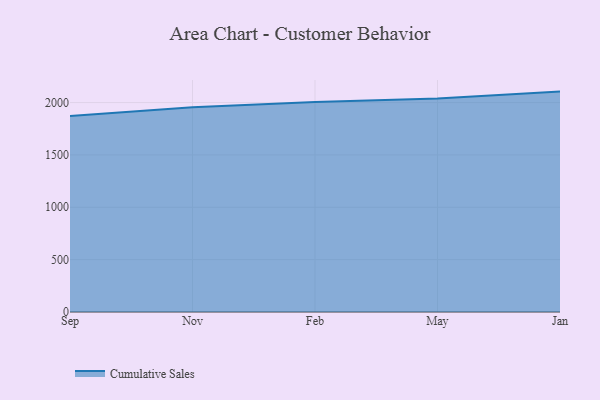
{"axis": {"x": "Month", "y": "Tickets Resolved"}, "legend": ["Cumulative Sales"], "data": [{"x": "Sep", "y": 1871.9, "type": "Cumulative Sales"}, {"x": "Nov", "y": 1956.1, "type": "Cumulative Sales"}, {"x": "Feb", "y": 2005.9, "type": "Cumulative Sales"}, {"x": "May", "y": 2039.0, "type": "Cumulative Sales"}, {"x": "Jan", "y": 2104.6, "type": "Cumulative Sales"}]}